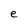
Character: e